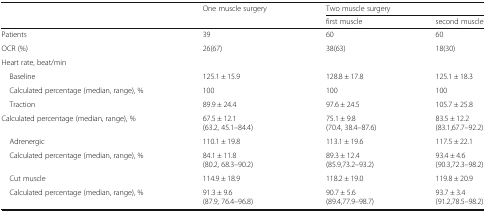
| <ROWSPAN=2>  | <ROWSPAN=2> One muscle surgery | <COLSPAN=2> Two muscle surgery |
 | first muscle | second muscle |
 | --- | --- | --- | --- |
 | Patients | 39 | 60 | 60 |
 | OCR (%) | 26(67) | 38(63) | 18(30) |
 | <COLSPAN=4> Heart rate, beat/min |
 | Baseline | 125.1 ± 15.9 | 128.8 ± 17.8 | 125.1 ± 18.3 |
 | Calculated percentage (median, range), % | 100 | 100 | 100 |
 | Traction | 89.9 ± 24.4 | 97.6 ± 24.5 | 105.7 ± 25.8 |
 | Calculated percentage (median, range), % | 67.5 ± 12.1(63.2, 45.1–84.4) | 75.1 ± 9.8(70.4, 38.4–87.6) | 83.5 ± 12.2(83.1,67.7–92.2) |
 | Adrenergic | 110.1 ± 19.8 | 113.1 ± 19.6 | 117.5 ± 22.1 |
 | Calculated percentage (median, range), % | 84.1 ± 11.8(80.2, 68.3–90.2) | 89.3 ± 12.4(85.9,73.2–93.2) | 93.4 ± 4.6(90.3,72.3–98.2) |
 | Cut muscle | 114.9 ± 18.9 | 118.2 ± 19.0 | 119.8 ± 20.9 |
 | Calculated percentage (median, range), % | 91.3 ± 9.6(87.9, 76.4–96.8) | 90.7 ± 5.6(89.4,77.9–98.7) | 93.7 ± 3.4(91.2,78.5–98.2) |